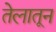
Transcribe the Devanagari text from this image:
तेलातून